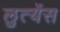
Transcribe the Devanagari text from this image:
लुत्येंस